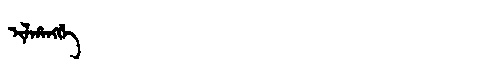
Manchu: ᡳᠯᡥᠠᠩᡤᡝ
Romanization: ILHANGGE